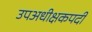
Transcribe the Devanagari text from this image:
उपअधीक्षकपदी